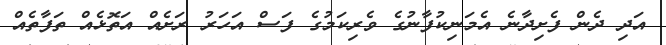
އަދި ދެން ފެށިދާނެ އެމަނިކުފާނުގެ ވެރިކަމުގެ ފަސް އަހަރު ރަށެއް އަތޮޅެއް ތަފާތެއް